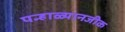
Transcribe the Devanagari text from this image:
पन्हाळ्यानजीक